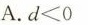
A .d<0